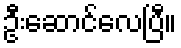
ဦးဆောင်လေပြီ။